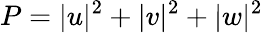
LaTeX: P=|u|^{2}+|v|^{2}+|w|^{2}